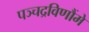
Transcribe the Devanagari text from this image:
पञ्चद्रविणौंमे